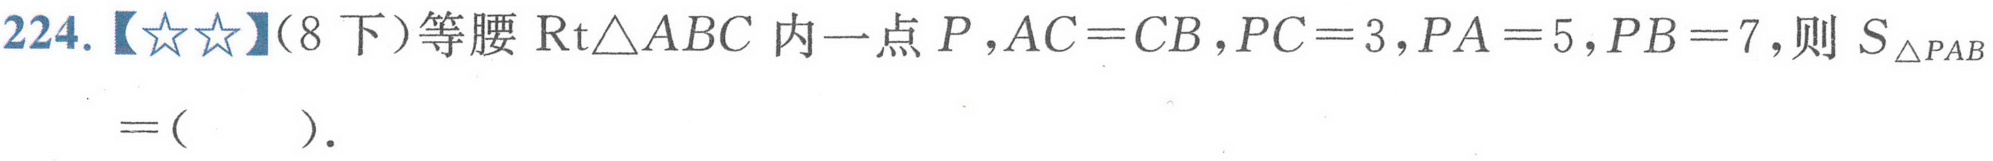
224.【★★】（8 下）等腰\(\text{Rt}\triangle ABC\)内一点\(P\)，\(AC = CB\)，\(PC = 3\)，\(PA = 5\)，\(PB = 7\)，则\(S_{\triangle PAB}=(\ \ \ \ \ )\)．